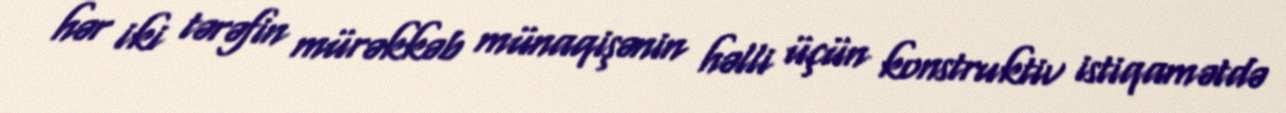
hər iki tərəfin mürəkkəb münaqişənin həlli üçün konstruktiv istiqamətdə